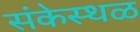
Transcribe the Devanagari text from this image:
संकेस्थळ